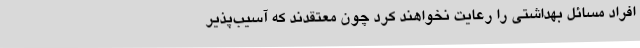
افراد مسائل بهداشتی را رعایت نخواهند کرد چون معتقدند که آسیب‌پذیر